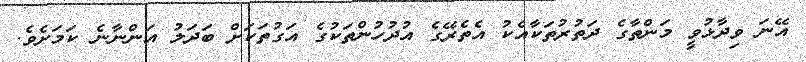
އޭނަ ވިދާޅުވީ މަންތާގެ ދަތުރުތަކާއެކު އެތެރޭގެ އުދުހުންތަކުގެ އަގުތަކަށް ބަދަލު އަންނާނެ ކަމަށެވެ.